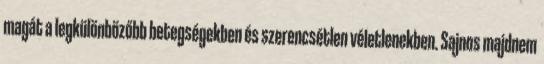
magát a legkülönbözőbb betegségekben és szerencsétlen véletlenekben. Sajnos majdnem